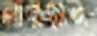
লারসেন